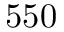
5 5 0